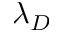
\lambda _ { D }